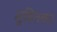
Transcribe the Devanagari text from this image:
सुहितकर